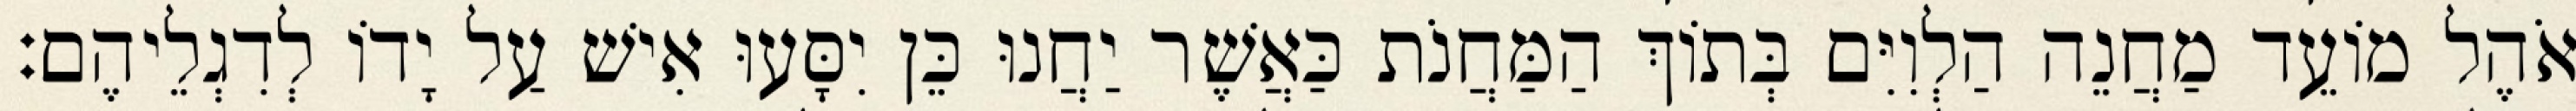
אֹהֶל מוֹעֵד מַחֲנֵה הַלְוִיִּם בְּתוֹךְ הַמַּחֲנֹת כַּאֲשֶׁר יַחֲנוּ כֵּן יִסָּעוּ אִישׁ עַל יָדוֹ לְדִגְלֵיהֶם׃